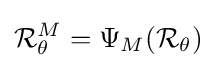
{\mathcal {R}}_{\theta }^{M}=\Psi _{M}({\mathcal {R}}_{\theta })